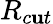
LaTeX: R_{c\mathbf{u}t}